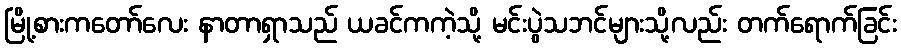
မြို့စားကတော်လေး နာတာရှာသည် ယခင်ကကဲ့သို့ မင်းပွဲသဘင်များသို့လည်း တက်ရောက်ခြင်း